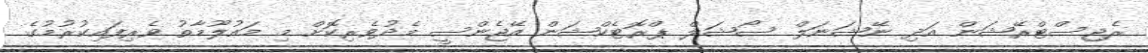
ރެޖިސްޓްރޭޝަން އަދި ނޭޝަނަލް ސޯޝަލް ޕްރޮޓެކްޝަން އޭޖެންސީ މެދުވެރިކޮށް މި މައުލޫމާތު ވެރިފައިކުރުމުގެ